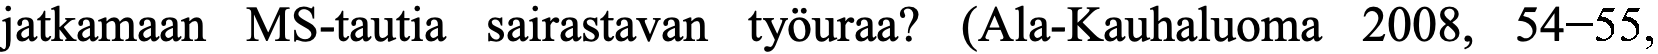
jatkamaan MS-tautia sairastavan työuraa? (Ala-Kauhaluoma 2008, 54−55,